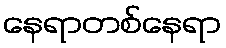
နေရာတစ်နေရာ